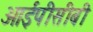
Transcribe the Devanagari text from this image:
आईपीसीबी